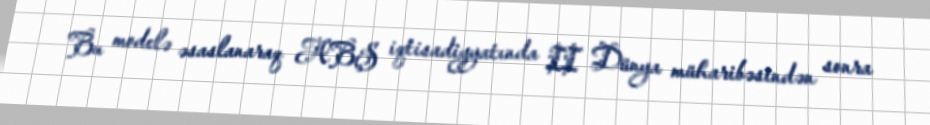
Bu modelə əsaslanaraq ABŞ iqtisadiyyatında II Dünya müharibəsindən sonra